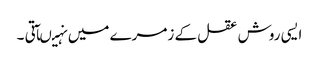
ایسی روش عقل کے زمرے میں نہیںآتی ۔